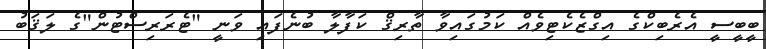
ބީބީސީ އެރެބިކްގެ އިގްޒެކެޓިވެއް ކަމުގައިވާ ތާރިޤް ކަފާލާ ބުނެފައި ވަނީ "ޓެރަރިސްޓުން"ގެ ލަޤަބު